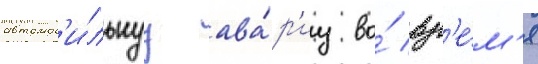
автомоб'и́льнуу ава́р'иу во́ вр'е́м'я